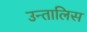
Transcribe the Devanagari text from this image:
उन्तालिस